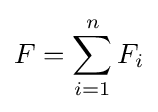
F=\sum _{i=1}^{n}F_{i}